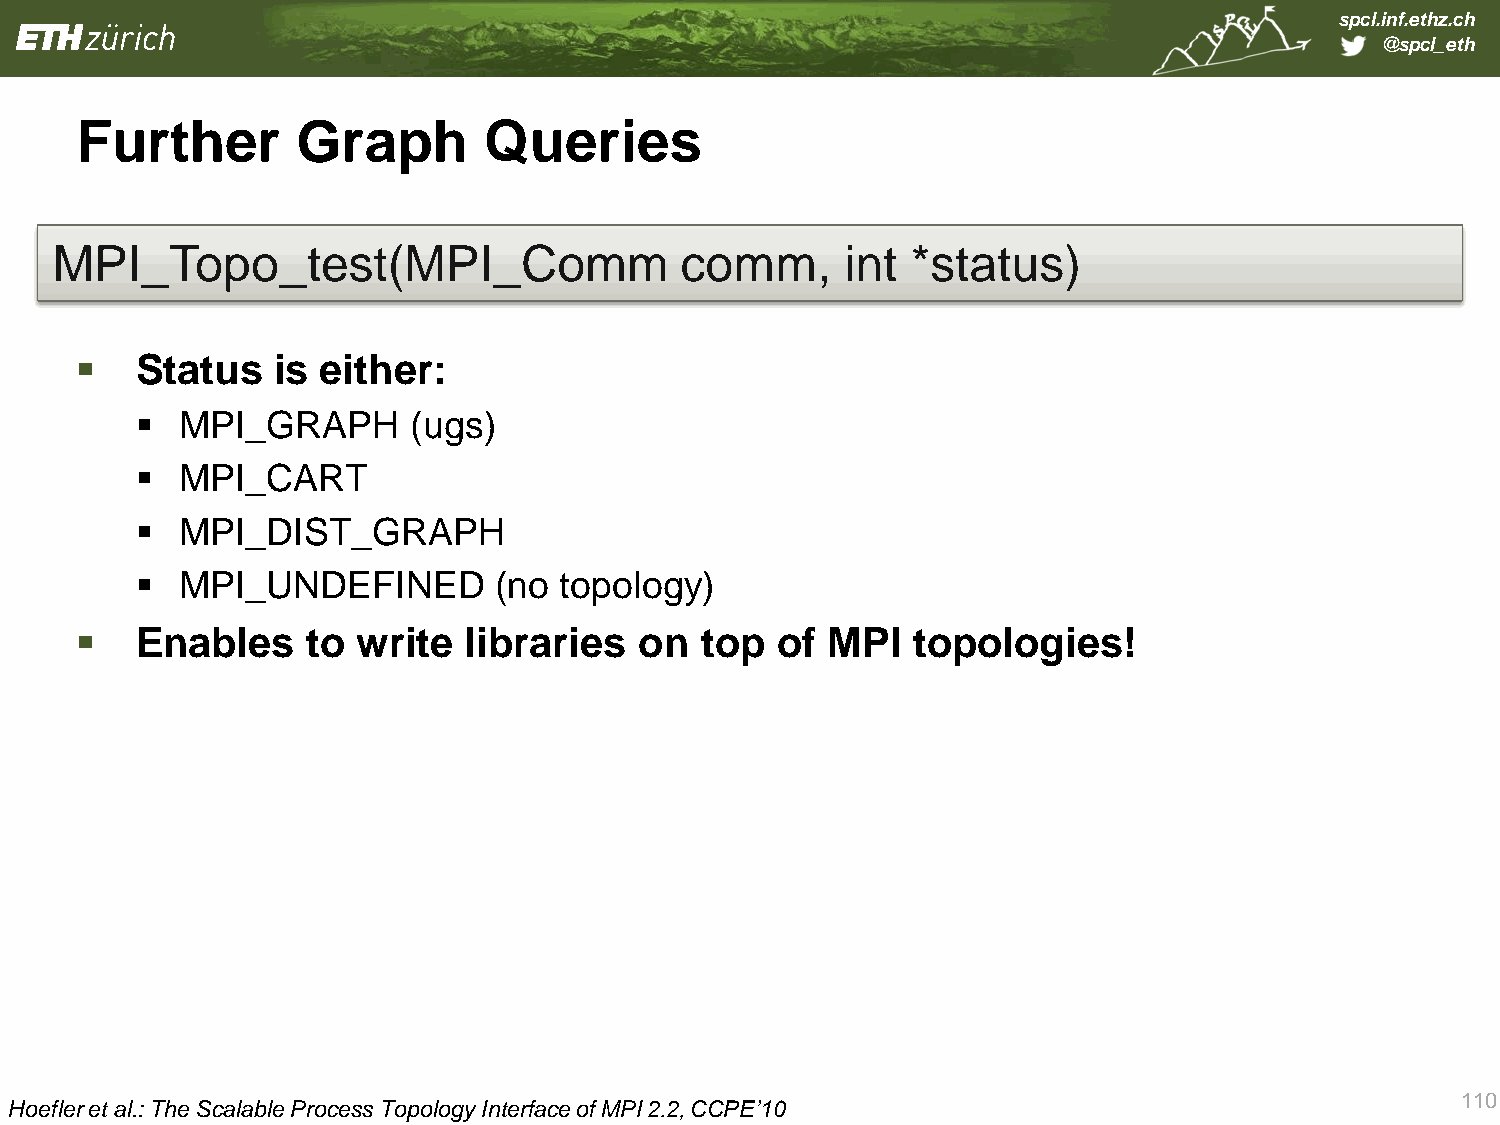
spcl.inf.ethz.ch
 @spcl_eth
 Further        Graph       Queries
 MPI_Topo_test(MPI_Comm                    comm,      int *status)
    Status   is either:
   MPI_GRAPH      (ugs)
   MPI_CART
   MPI_DIST_GRAPH
   MPI_UNDEFINED        (no topology)
    Enables    to  write  libraries  on  top  of  MPI  topologies!
 110
 Hoefler et al.: The Scalable Process Topology Interface of MPI 2.2, CCPE’10